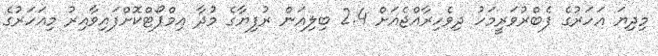
މިދިޔަ އަހަރުގެ ފެބްރުވަރީމަހު ދިވެހިރާއްޖެއަށް 2.4 ބިލިއަން ރުފިޔާގެ މުދާ އިމްޕޯޓްކޮށްފައިވާއިރު މިއަހަރުގެ